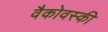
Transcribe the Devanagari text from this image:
वैकोवस्की